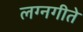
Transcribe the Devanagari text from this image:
लग्नगीते